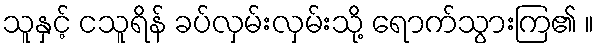
သူနှင့် ငသူရိန် ခပ်လှမ်းလှမ်းသို့ ရောက်သွားကြ၏ ။